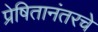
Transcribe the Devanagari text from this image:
प्रेषितानंतरचे